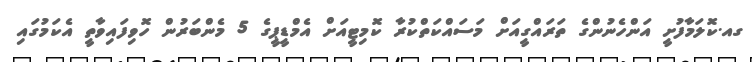
ގއ.ކޮލަމާފުށީ އަންހެނުންގެ ތަރައްގީއަށް މަސައްކަތްކުރާ ކޮމިޓީއަށް އެމްޑީޕީގެ 5 މެންބަރުން ހޮވިފައިވާތީ އެކަމުގައި